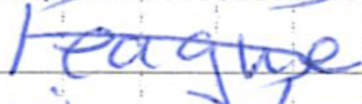
Text: league
Cross-out: diagonal
Writing tool: ballpoint